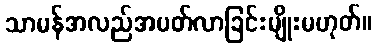
သာမန်အလည်အပတ်လာခြင်းမျိုးမဟုတ်။